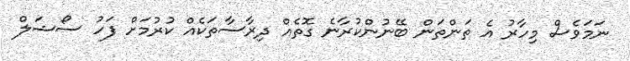
ނަމަވެސް މިހާރު އެ ތަންތަން ބޭނުންކުރާނެ ގޮތެއް ދިރާސާތަކެއް ކުރުމަށް ފަހު ސޯޝަލް